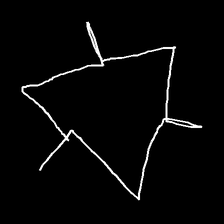
Glyph: fire